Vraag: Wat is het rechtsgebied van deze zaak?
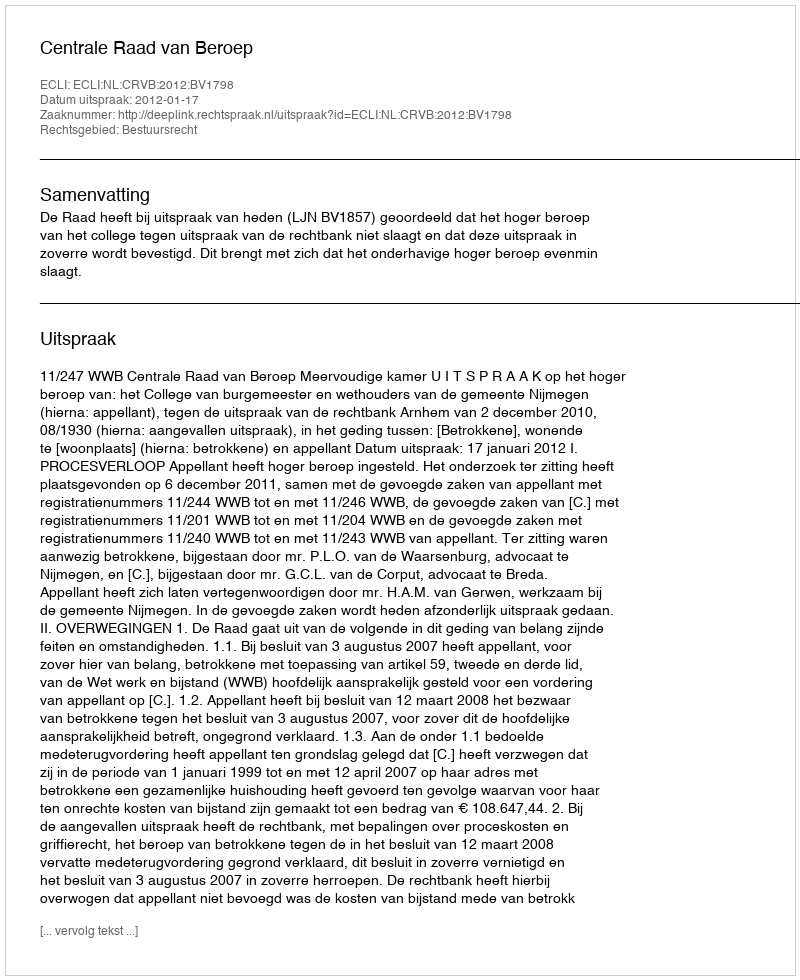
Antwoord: Bestuursrecht